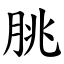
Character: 朓